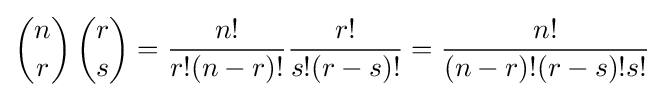
{n \choose r}\,{r \choose s}={\frac {n!}{r!(n-r)!}}{\frac {r!}{s!(r-s)!}}={\frac {n!}{(n-r)!(r-s)!s!}}